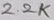
Text: 2.2K